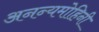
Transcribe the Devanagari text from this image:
अनन्यमोहिनी